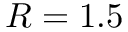
R = 1 . 5